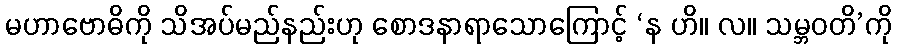
မဟာဗောဓိကို သိအပ်မည်နည်းဟု စောဒနာရာသောကြောင့် ‘န ဟိ။ လ။ သမ္ဘဝတိ’ကို